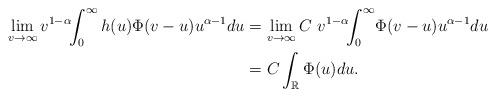
LaTeX: \begin{align*}\lim_{v \to \infty} v^{1 - \alpha}\!\!\int_{0}^{\infty} h(u) \Phi(v - u) u ^{\alpha -1} du&=\lim_{v \to \infty} C \ v^{1 - \alpha} \!\!\int_{0}^{\infty}\! \Phi(v - u) u^{\alpha - 1} du \\ &= C \int_{\mathbb{R}} \Phi(u) du .\end{align*}